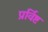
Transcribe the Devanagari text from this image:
प्रर्विष्ट